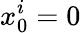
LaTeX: x_{0}^{i}=0